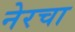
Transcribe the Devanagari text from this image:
नेरचा